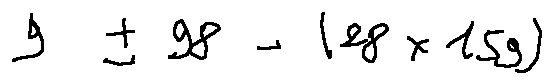
9 \pm 9 8 - ( 2 8 \times 1 5 9 )